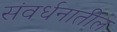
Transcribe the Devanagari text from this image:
संवर्धनातील